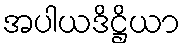
အပါယဒိဋ္ဌိယာ